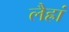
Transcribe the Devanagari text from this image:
लैह्रां